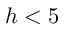
h < 5